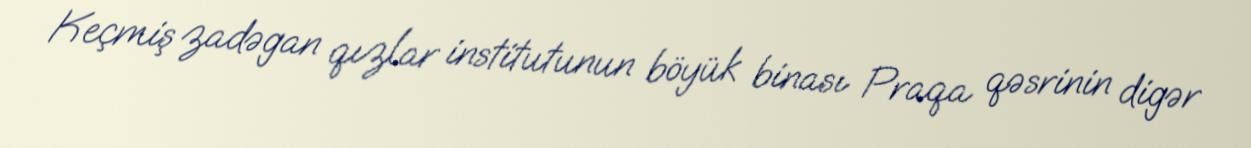
Keçmiş zadəgan qızlar institutunun böyük binası Praqa qəsrinin digər